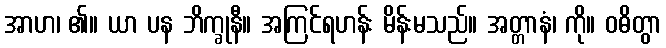
အာဟ၊ ၏။ ယာ ပန ဘိက္ခုနီ။ အကြင်ရဟန်း မိန်းမသည်။ အတ္တာနံ၊ ကို။ ဝဓိတွာ